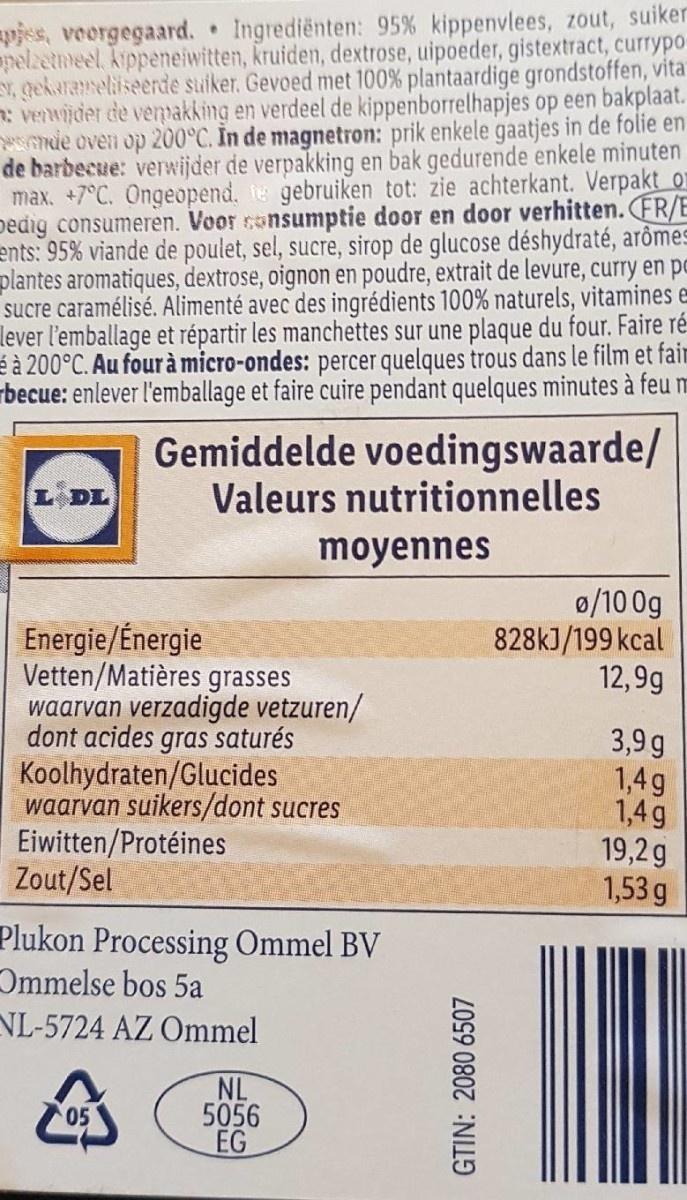
vjes, voorgegaard. pelzetmeel. Kippeneiwitten, kruiden, dextrose, uipoeder, gistextract, currypo EY, gekarameliseerde suiker. Gevoed met 100% plantaardige grondstoffen, vita : venwider de vemmakking en verdeel de kippenborrelhapjes op een bakplaat. mde oven op 200°C. In de magnetron: prik enkele gaatjes in de folie en de barbecue: verwijder de verpakking en bak gedurende enkele minuten max. +7°C. Ongeopend, te gebruiken tot: zie achterkant. Verpakt or pedig consumeren. Voor consumptie door en door verhitten. FR/E ents: 95% viande de poulet, sel, sucre, sirop de glucose déshydraté, arômes plantes aromatiques, dextrose, oignon en poudre, extrait de levure, curry en pe sucre caramélisé. Alimenté avec des ingrédients 100% naturels, vitamines e lever l'emballage et répartir les manchettes sur une plaque du four. Faire ré é à 200°C. Au four à micro-ondes: percer quelques trous dans le film et fair rbecue: enlever l'emballage et faire cuire pendant quelques minutes à feu m
Ingrediënten: 95% kippenvlees, zout, suiker
Gemiddelde voedingswaarde/ Valeurs nutritionnelles
L DL
moyennes
0/10 0g 828k]/199 kcal 12,9g
Energie/Énergie Vetten/Matières grasses waarvan verzadigde vetzuren/ dont acides gras saturés Koolhydraten/Glucides waarvan suikers/dont sucres Eiwitten/Protéines Zout/Sel
3,9 g 1,4 g 1,4g 19,2g 1,53 g
Plukon Processing Ommel BV Ommelse bos 5a NL-5724 AZ Ommel
NL 5056 EG
05
GTIN: 2080 6507